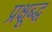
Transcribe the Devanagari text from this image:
प्रक्षूब्द्ध